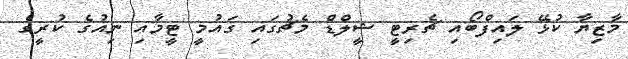
މާޒިޔާ ކުޅޭ ލައިފްބޯއި ޗެރިޓީ ޝީލްޑް މެޗުގައި ގައުމީ ޓީމާއި ނިއުގެ ކުރީގެ